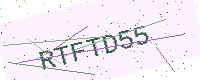
Text: RTFTD55